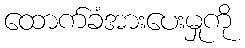
ထောက်ခံအားပေးမှုကို